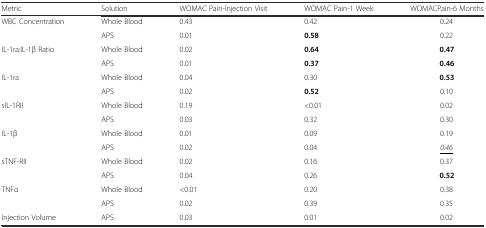
| Metric | Solution | WOMAC Pain-Injection Visit | WOMAC Pain-1 Week | WOMACPain-6 Months |
 | --- | --- | --- | --- | --- |
 | <ROWSPAN=2> WBC Concentration | Whole Blood | 0.43 | 0.42 | 0.24 |
 | APS | 0.01 | 0.58 | 0.22 |
 | <ROWSPAN=2> IL-1ra:IL-1β Ratio | Whole Blood | 0.02 | 0.64 | 0.47 |
 | APS | 0.01 | 0.37 | 0.46 |
 | <ROWSPAN=2> IL-1ra | Whole Blood | 0.04 | 0.30 | 0.53 |
 | APS | 0.02 | 0.52 | 0.10 |
 | <ROWSPAN=2> sIL-1RII | Whole Blood | 0.19 | <0.01 | 0.02 |
 | APS | 0.03 | 0.32 | 0.30 |
 | <ROWSPAN=2> IL-1β | Whole Blood | 0.01 | 0.09 | 0.19 |
 | APS | 0.02 | 0.04 | <underline>0.46</underline> |
 | <ROWSPAN=2> sTNF-RII | Whole Blood | 0.02 | 0.16 | 0.37 |
 | APS | 0.04 | 0.26 | 0.52 |
 | <ROWSPAN=2> TNFα | Whole Blood | <0.01 | 0.20 | 0.38 |
 | APS | 0.02 | 0.39 | 0.35 |
 | Injection Volume | APS | 0.03 | 0.01 | 0.02 |